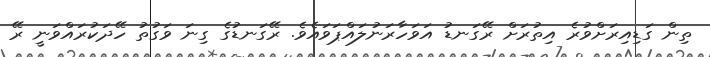
ތިން ގަޑިއިރަށްވުރެ އިތުރަށް ރޭގަނޑު އަވަހާރަނުލައްޕަވައެވެ. ރޭގަނޑުގެ ގިނަ ވަގުތު ހޭދަކުރައްވަނީ ރޭ